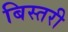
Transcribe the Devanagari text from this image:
बिस्तरी